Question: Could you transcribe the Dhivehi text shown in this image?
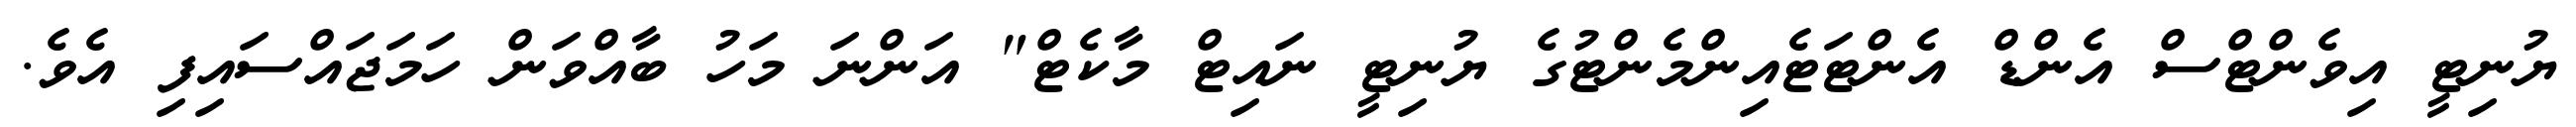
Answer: ޔުނިޓީ އިވެންޓްސް އެންޑް އެންޓަޓެއިންމެންޓުގެ ޔުނިޓީ ނައިޓް މާކެޓް" އަންނަ މަހު ބާއްވަން ހަމަޖައްސައިފި އެވެ.